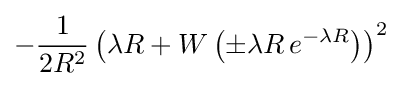
-{\frac {1}{2R^{2}}}\left(\lambda R+W\left(\pm \lambda R\,e^{-\lambda R}\right)\right)^{2}